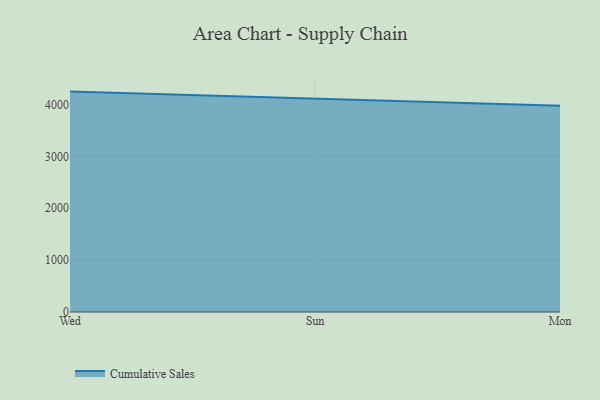
{"axis": {"x": "Day", "y": "Bounce Rate (%)"}, "legend": ["Cumulative Sales"], "data": [{"x": "Wed", "y": 4246.5, "type": "Cumulative Sales"}, {"x": "Sun", "y": 4113.1, "type": "Cumulative Sales"}, {"x": "Mon", "y": 3972.3, "type": "Cumulative Sales"}]}